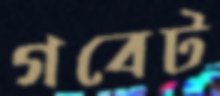
গবেট